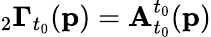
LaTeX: {}_{2}\mathbf{\Gamma}_{t_{0}}(\mathbf{p})=\mathbf{A}_{t_{0}}^{t_{0}}(\mathbf{p})